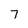
Character: 7